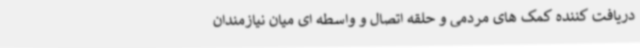
دریافت کننده کمک های مردمی و حلقه اتصال و واسطه ای میان نیازمندان